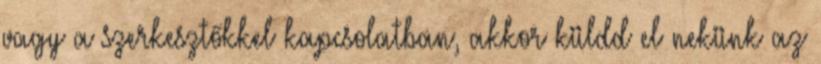
vagy a szerkesztőkkel kapcsolatban, akkor küldd el nekünk az